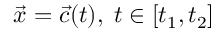
{ \vec { x } } = { \vec { c } } ( t ) , \; t \in [ t _ { 1 } , t _ { 2 } ]